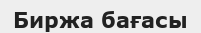
Биржа бағасы